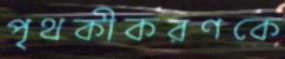
পৃথকীকরণকে